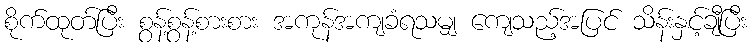
စိုက်ထုတ်ပြီး စွန့်စွန့်စားစား အကုန်အကျခံရသမျှ ကျေသည့်အပြင် သိန်းနှင့်ချီပြီး